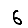
Digit: 6